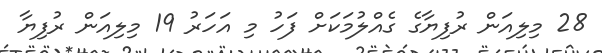
28 މިލިއަން ރުފިޔާގެ ގެއްލުމަކަށް ފަހު މި އަހަރު 19 މިލިއަން ރުފިޔާ